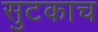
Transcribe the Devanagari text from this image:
सुटकाच